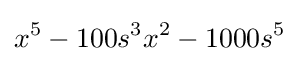
x^{5}-100s^{3}x^{2}-1000s^{5}